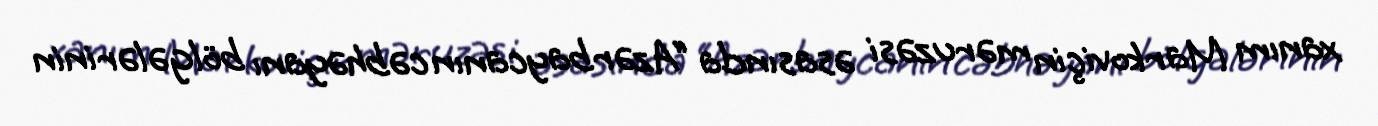
xanım Markoviçin məruzəsi əsasında “Azərbaycanın cəbhəyanı bölgələrinin